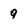
Character: 9